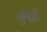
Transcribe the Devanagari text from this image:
गुर्क